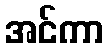
အင်ကာ